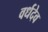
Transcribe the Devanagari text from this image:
वर्धदेव